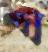
প